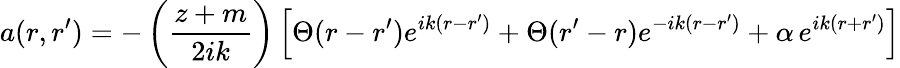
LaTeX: a(r,r^{\prime})=-\left(\frac{z+m}{2ik}\right)\left[\Theta(r-r^{\prime})e^{ik(r-r^{\prime})}+\Theta(r^{\prime}-r)e^{-ik(r-r^{\prime})}+\alpha\, e^{ik(r+r^{\prime})}\right]